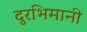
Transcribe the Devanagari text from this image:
दुरभिमानी